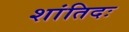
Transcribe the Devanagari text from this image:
शांतिदः